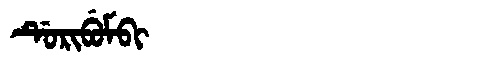
Manchu: ᡩᡠᡵᡳᠪᡠᠮᠪᡳ
Romanization: DURIBUMBI